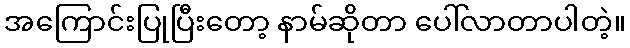
အကြောင်းပြုပြီးတော့ နာမ်ဆိုတာ ပေါ်လာတာပါတဲ့။